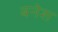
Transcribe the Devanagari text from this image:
बनेश